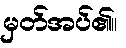
မှတ်အပ်၏။